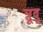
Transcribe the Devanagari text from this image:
त्रूदू